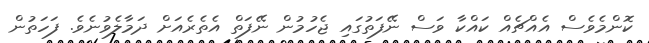
ކޮންމެވެސް އެއްޗެއް ކައްކާ ވަސް ނޭފަތުގައި ޖެހުމުން ނޭފަތް އެތެރެއަށް ދަމާލެވުނެވެ. ފަހަތުން